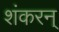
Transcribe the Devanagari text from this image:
शंकरन्